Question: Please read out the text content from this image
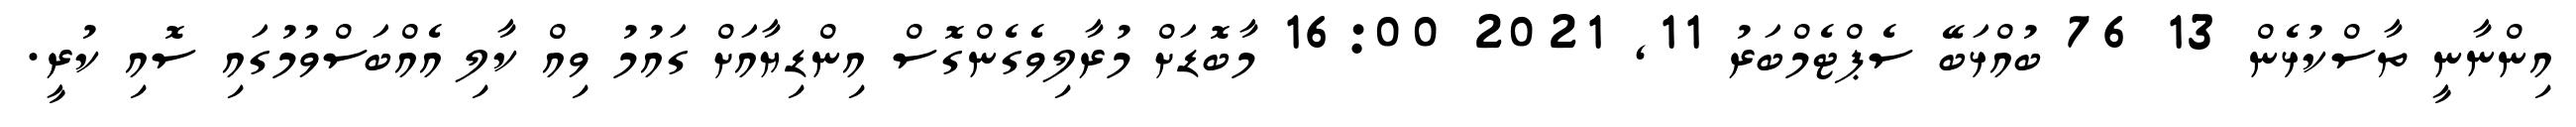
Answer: އިންނާނީ ތާސްކުޅެން 13 76 ބުއްޅަބޭ ސެޕްޓެމްބަރު 11, 2021 16:00 މާބޮޑަށް މުރާލިވެގެންގޮސް އިންޑިޔާއަށް ގައުމު ވިއް ކާލި އެއްބަސްވުމުގައި ސޮއި ކުރީ.